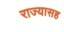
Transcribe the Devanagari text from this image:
राज्यासह